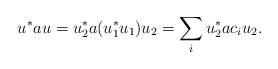
LaTeX: \begin{align*} u^\ast a u = u_2^\ast a (u_1^\ast u_1) u_2 = \sum_i u_2^\ast a c_i u_2. \end{align*}